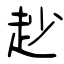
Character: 赻